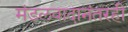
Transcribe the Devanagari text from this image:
मंडलवादानंतरही